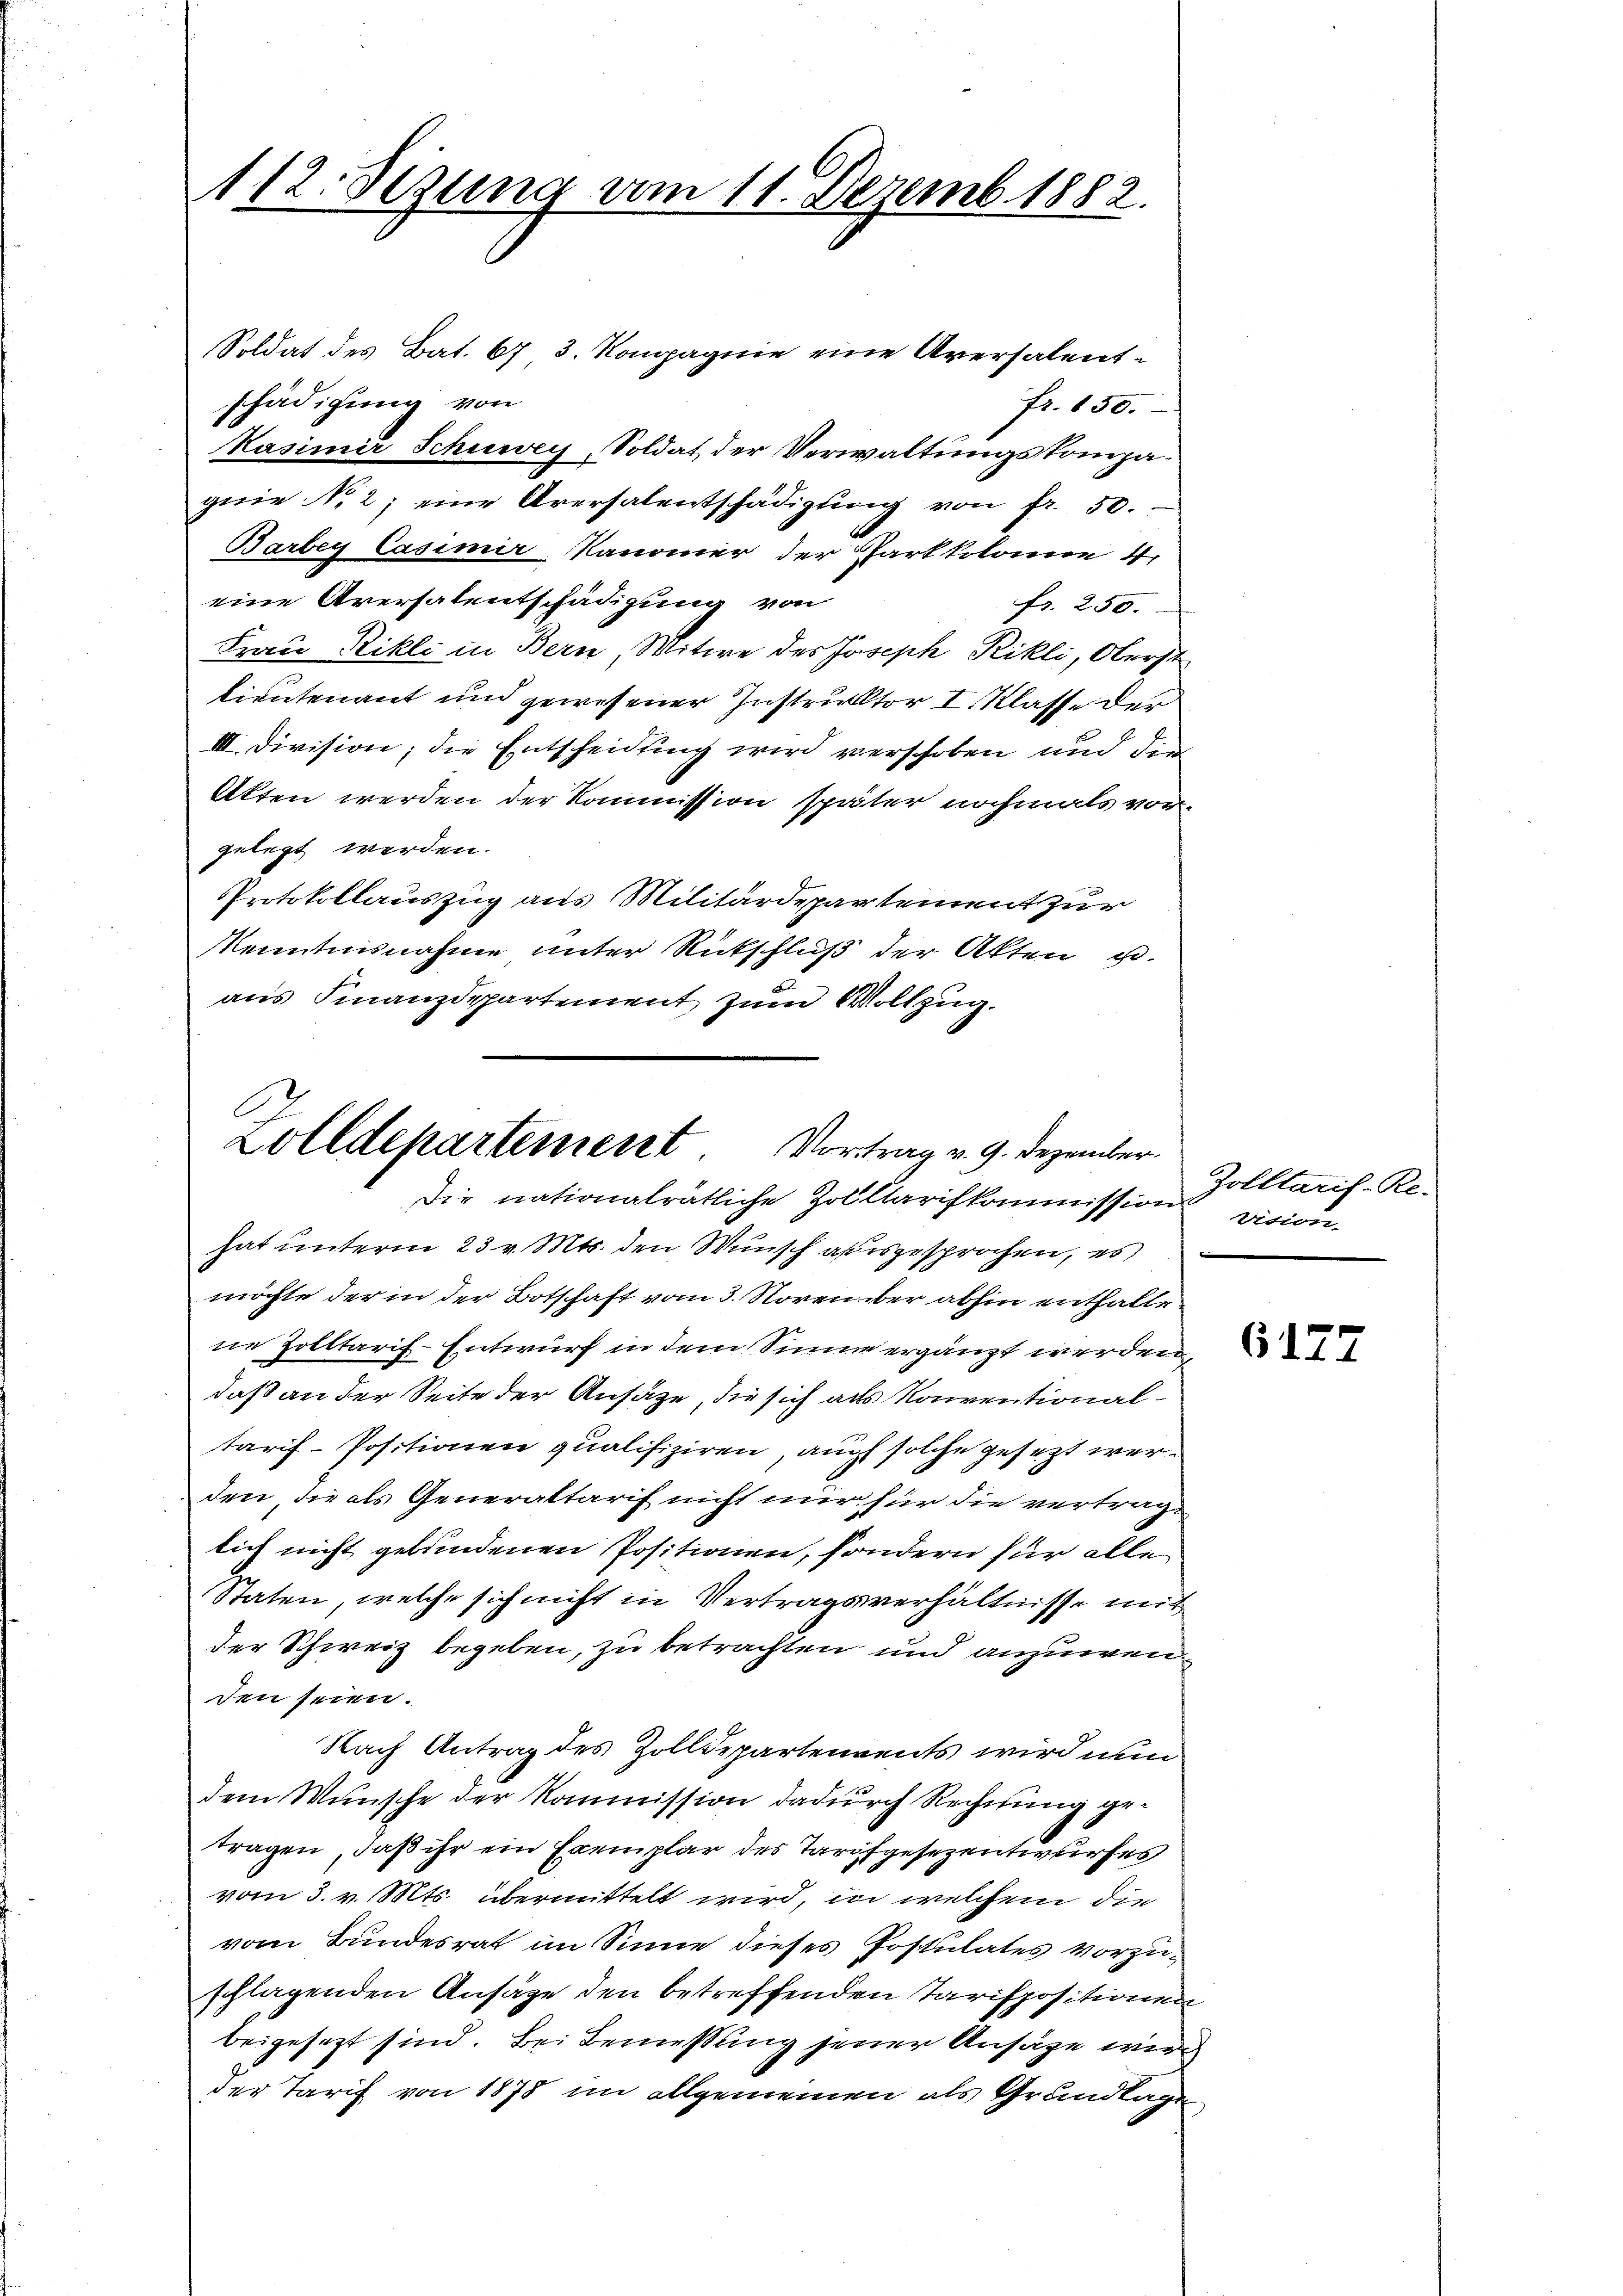
112. Sezung vom 11. Dezemb. 1882.

Soldat des Bat. 67 3. Kompagnie eine Aversalent-
schädigung von
fr. 650.
1
Kasimir Schuwey, Soldat der Verwaltungskompagnie No. 2; eine Aversalentschädigung von fr. 50.
Barbey Casimir-Kanoner der Gartkolone 4,
eine Aversalentschädigung von
fr. 250.
Frau Rikli in Bern, Witwe des Joseph Rikli, Oberst
lieutenant und gewesener Instruktor I. Klasse der
III. Division; die Entscheidung wird verschoben und die
Akten werden der Kommission später nochmals vor
gelegt werden.
Protokollauszug aus Militärdepartement zur
Kenntnisnahme unter Rutschluß der Akten u.
aus Finanzdepartement zum Vollzug.

C
Zolldepartement Vortrag v. 9. Dezember.
Die nationalrätliche Zolltarifkommission vision.

hat unterm 23 v. Mts. den Wunsch ausgesprochen, es
möchte der in der Botschaft vom 3. Noven aber abhin enthalte
ne Zolltarif-Entwurf in dem Sinne ergänzt werden,
daß an der Seite der Ansätze, die sich als Konventionaltarif-Positionen qualifiziren, auch solche gesezt werden die als Generaltarif nicht nur für die vertrag-
lich nicht gebundenen Positionen, sondern für alle
Staten, welche sich nicht in Vertragsverhältnisse mit
der Schweiz begeben, zu betrachten und anzuwenden seien.
Nach Antrag des Zolldepartenvents wird nun
dem Wunsche der Kommission dadurch Rechnung getragen, daß ihr ein Exemplar des Tarifgesezentwurfes
vom 3. v. Mts. übermittelt wird, in welchem die
vom Bundesrat im Sinne dieses Postulates vorzuschlagenden Ansage den betreffenden Tarispositionen
beigesezt sind. Bei Bemessung jener Ansage wir
der Tarif von 1878 im allgemeinen als Grundlagen

Zolltarif-Re-

6177